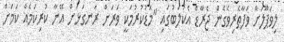
ލިވަޕޫލަށް ވަފާތެރިވެގެން ޖެރާޑް އެކުލަބުގައި "މަޑުކުރުމަކީ ވަރަށް ރަނގަޅަށް އޭނާ ކުރިކަމެއް ކަމަށް